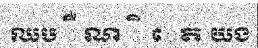
ឈប ឺ ណ ិ េត យង